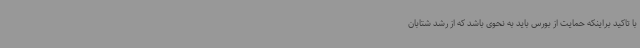
با تاکید براینکه حمایت از بورس باید به نحوی باشد که از رشد شتابان